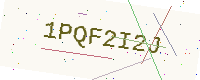
Text: 1PQF2I2J